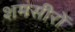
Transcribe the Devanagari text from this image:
शमसीरों